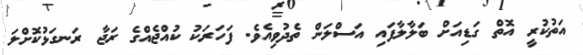
އަތުކުރީ އޮތް ގަޑިއަށް ބަލާލާފައި އަސްލަން ތެދުވިއެވެ. ފަހަރަކު ކުއްޖެއްގެ ރަޖާ ރަނގަޅުކޮށްލަ